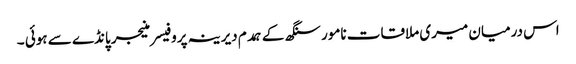
اس درمیان میری ملاقات نامور سنگھ کے ہمدم دیرینہ پروفیسر منیجر پانڈے سے ہوئی ۔